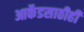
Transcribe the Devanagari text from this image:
आर्केडसाठीही